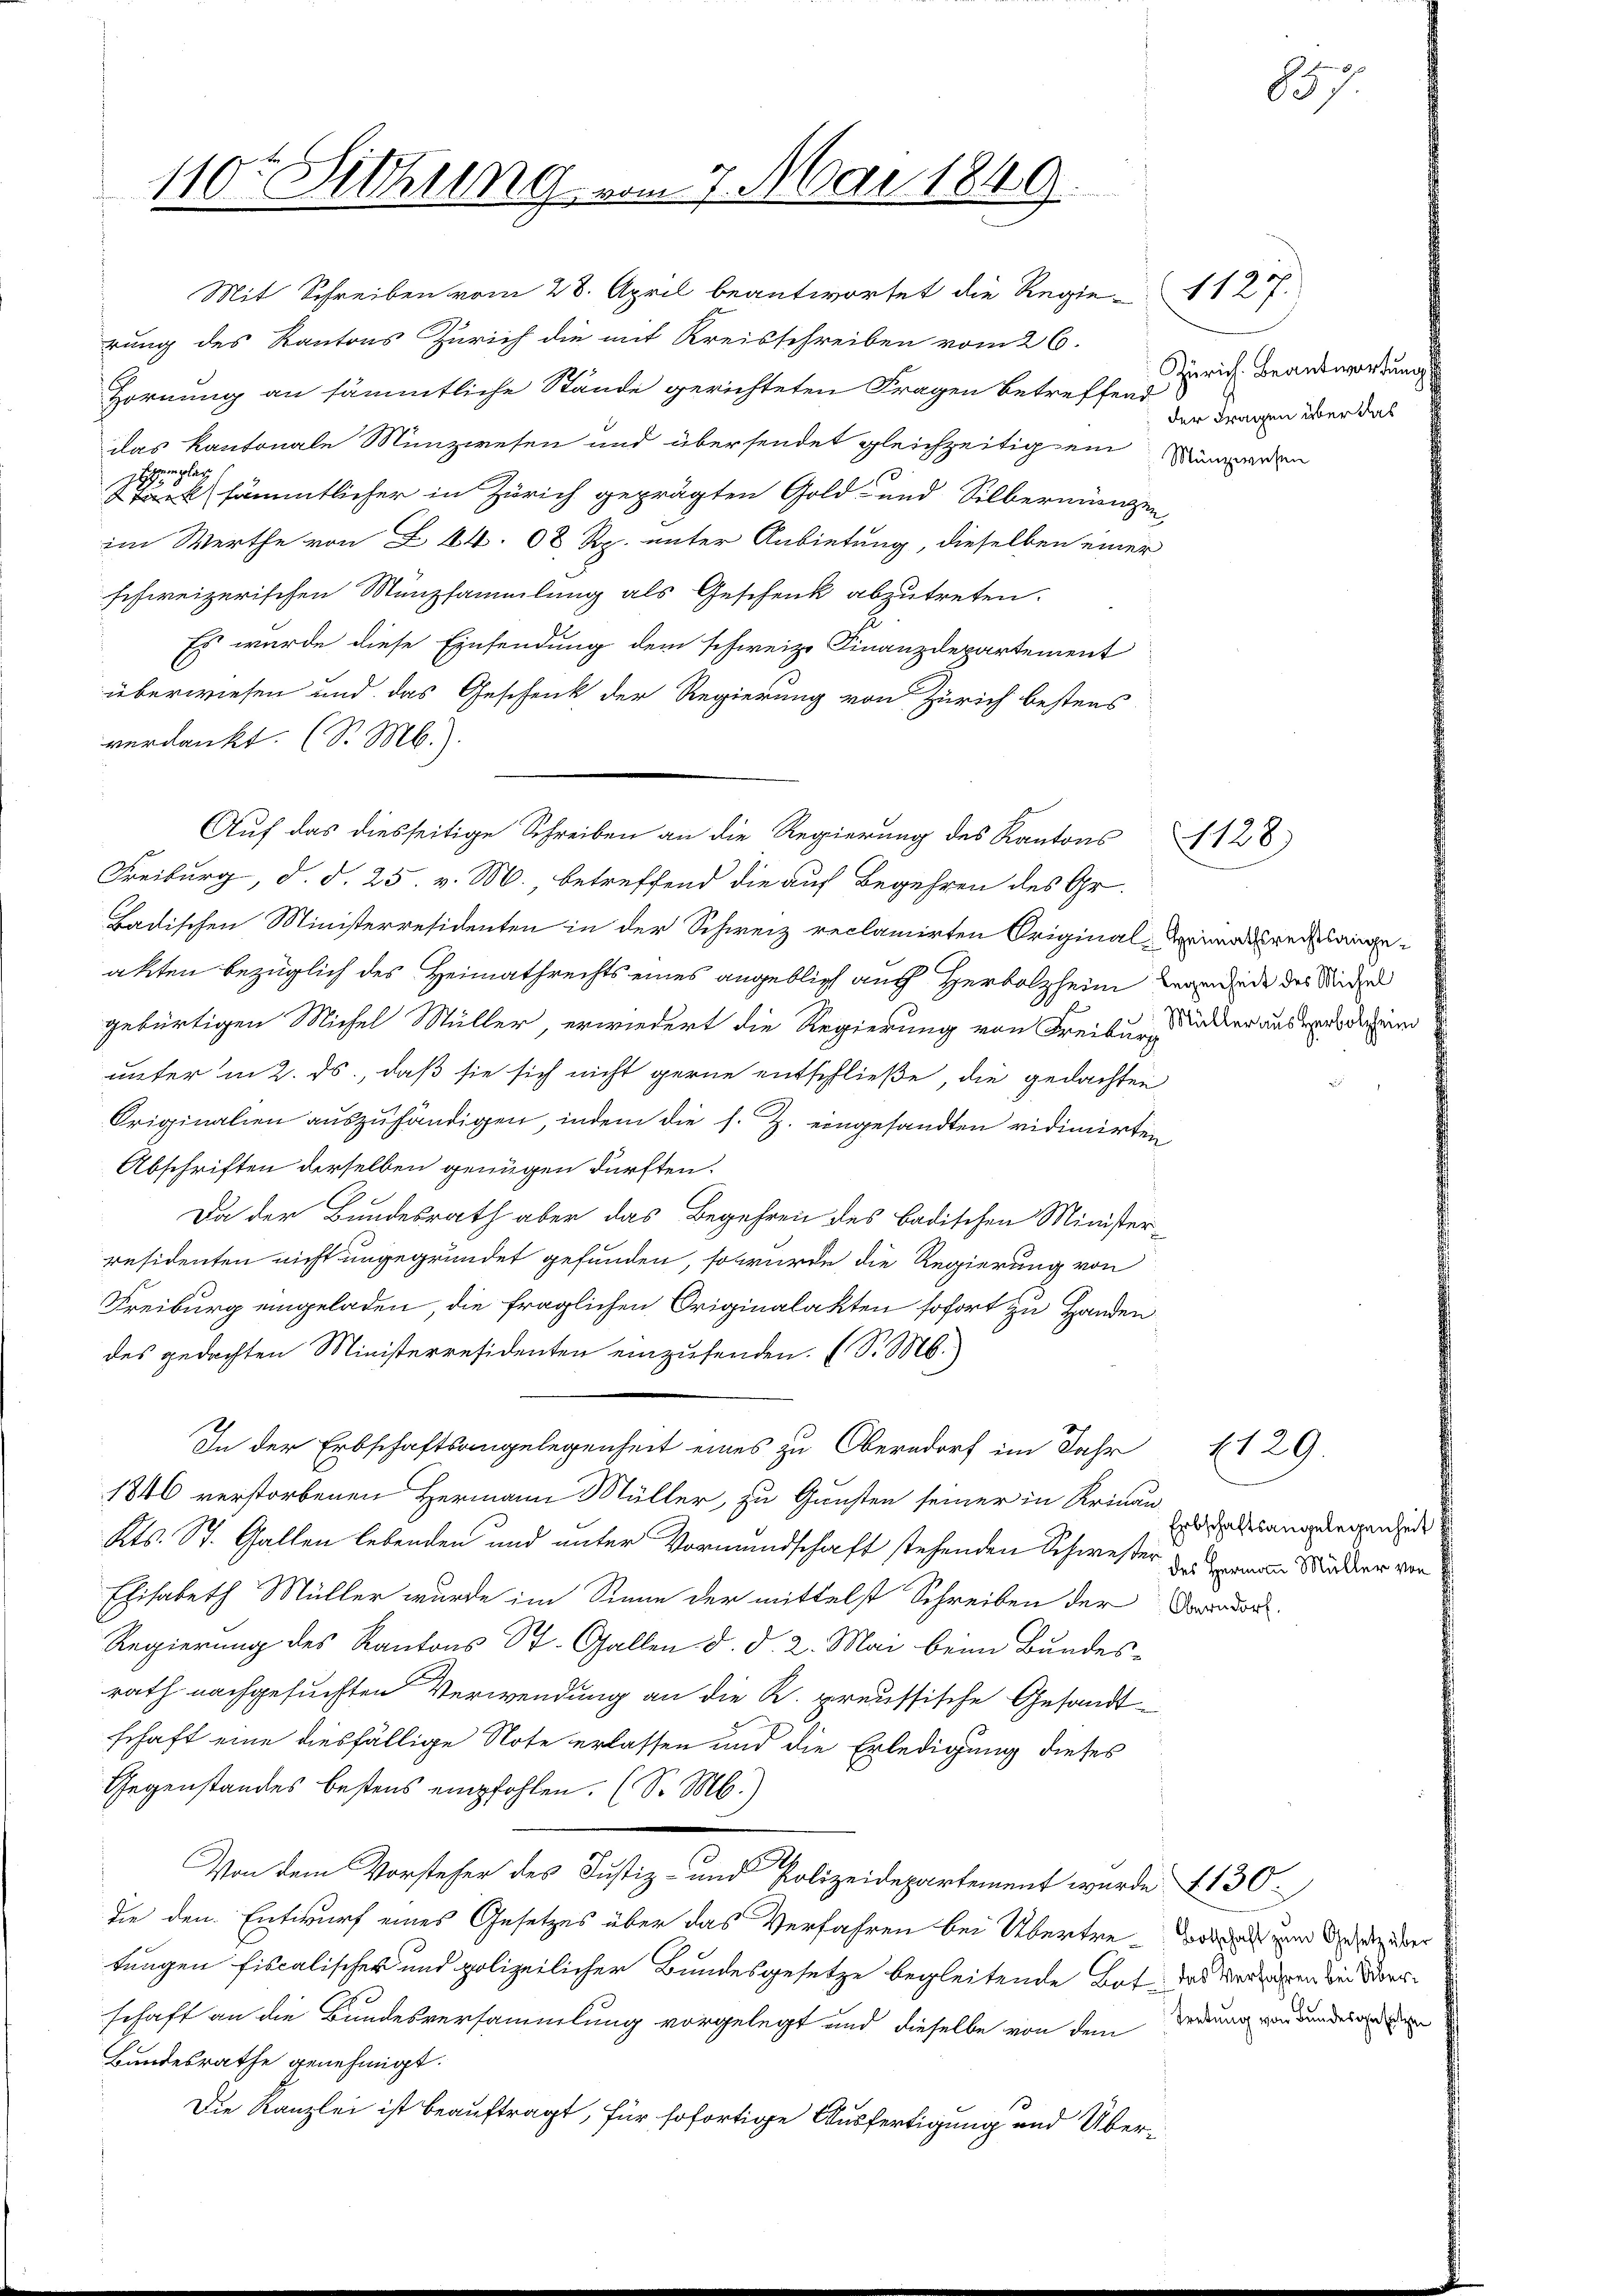
110te Sitzung vom 7. Mai 1849.

Hornung an sämmtliche Stände gerichteten Fragen Betreffend
das kantonale Münzwesen und übersendet gleichzeitig ein Summeren
emplar
Stuck sämmtlicher in Zürich geprägten Gold- und Silberwungen,
im Werthe von Z. 44. 68 Rp. unter Anbietung, dieselben einer
schweizerischen Münzsammlung als Geschenk abzutreten.
Es wurde diese Einsendung dem schweize Finanzdepartement
überwiesen und das Geschenk der Regierung von Zürich bestens
verdankt. (S. M.).
Freiburg, d. d. 25. v. M., betreffend die auf Begehren des Gr.
Badischen Ministerresidenten in der Schweiz reclamirten Original-Armals rechtlange
akten bezüglich des Heimathrechts eines angeblich auch Herbolzheim Vermeide des Studen
gebürtigen Michel Müller, erwiedert die Regierung von Freiburg, Rucker ausweis dem
unter in 2. ds., daß sie sich nicht gerne entschließe, die gedachten
Originalien auszuhändigen, indem die s. Z. eingesandten vidimirten
Abschriften derselben genügen dürften.
Da der Bundesrath aber das Begehren des badischen Ministerresidenten nicht ungegründet gefunden, so wurde die Regierung von
Freiburg eingeladen, die fraglichen Originalakten sofort zu Handen
des gedachten Ministerresidenten einzusenden. (S. M.)
In der Erbschaftsangelegenheit eines zu Oberndorf im Jahr
1846 verstorbenen Hermann Müller, zu Gunsten seiner in Krinan-
Kts. St. Gallen lebenden und unter Vormundschaft stehenden Schwester der man Städter vor
Elisabeth Müller wurde im Sinne der mittelst Schreiben der Forde
Regierung des Kantons St. Gallen d. d. 2. Mai beim Bundes-
rath nachgesuchten Verwendung an die K. preussische Gesandtschaft eine diesfällige Note erlassen und die Erledigung dieses
Gegenstandes bestens empfohlen. (S. M.)
Von dem Vorsteher des Justiz- und Polizeidepartement wurde 130.
die den Entwurf eines Gesetzes über das Verfahren bei Übertre- das und der zuer
tungen fiscalischer und polizeilicher Bundesgesetze begleitende Bot, das Verdienen bei Verschaft an die Bundesversammlung vorgelegt und dieselbe von dem Verdung verbunden den
Bundesrathe genehmigt.
Die Kanzlei ist beauftragt, für sofortige Ausfertigung und Über¬

Mit Schreiben vom 28. April beantwortet die Regierung des Kantons Zürich die mit Kreisschreiben vom 26.

Auf das diesseitige Schreiben an die Regierung des Kantons 128

Zürich. Beantwortung
der Fragen über das

1127.

Erbschaftsangelegenheit

129.

7.